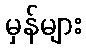
မှန်များ